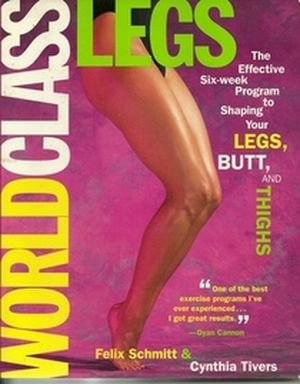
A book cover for World Class Legs; Felix Schmitt; Health, Fitness & Dieting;